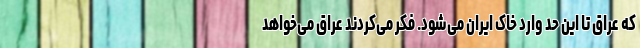
که عراق تا این حد وارد خاک ایران می‌شود. فکر می‌کردند عراق می‌خواهد